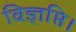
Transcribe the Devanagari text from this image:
विज्ञप्ति।